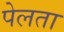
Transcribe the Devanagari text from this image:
पेलता